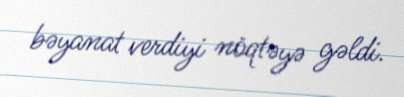
bəyanat verdiyi nöqtəyə gəldi.